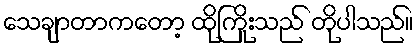
သေချာတာကတော့ ထိုကြိုးသည် တိုပါသည်။